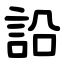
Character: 䛇